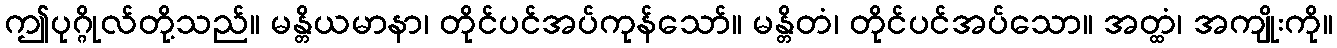
ဤပုဂ္ဂိုလ်တို့သည်။ မန္တိယမာနာ၊ တိုင်ပင်အပ်ကုန်သော်။ မန္တိတံ၊ တိုင်ပင်အပ်သော။ အတ္ထံ၊ အကျိုးကို။